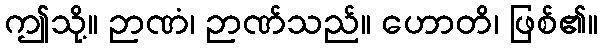
ဤသို့။ ဉာဏံ၊ ဉာဏ်သည်။ ဟောတိ၊ ဖြစ်၏။